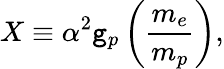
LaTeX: X\equiv\alpha^{2}\mathtt{g}_{p}\left(\frac{{m_{e}}}{{m_{p}}}\right),